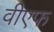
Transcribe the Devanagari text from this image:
वीएफ